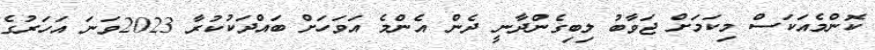
ކޮންމެއަކަސް މިކަމަށް ޖަވާބު ލިބިގެންދާނީ ދެން އެންމެ އަވަހަށް ބައްދަކުކުރާ 2023ވަނަ އަހަރުގެ